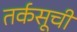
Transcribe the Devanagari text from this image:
तर्कसूची